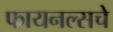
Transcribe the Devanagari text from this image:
फायनल्सचे